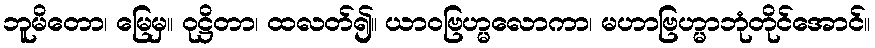
ဘူမိတော၊ မြေမှ။ ဝုဋ္ဌိတာ၊ ထလတ်၍။ ယာဝဗြဟ္မလောကာ၊ မဟာဗြဟ္မာဘုံတိုင်အောင်။